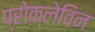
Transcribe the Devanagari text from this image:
प्रोक्लेविन